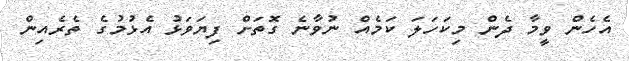
އެހެން ވީމާ ދެން މިކަހަލަ ކަމެއް ނުވާނެ ގޮތަށް ފިޔަވަޅު އެޅުމުގެ ތެރެއިން